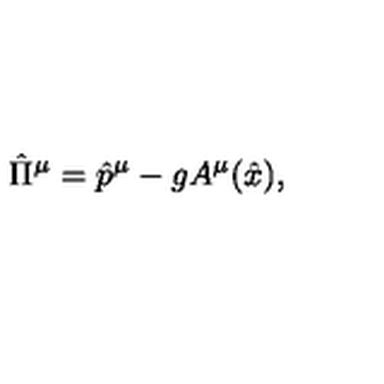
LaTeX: \hat { \Pi } ^ { \mu } = \hat { p } ^ { \mu } - g A ^ { \mu } ( \hat { x } ) ,